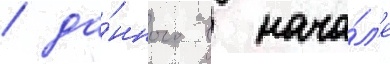
/ да́нного в нача́л'е